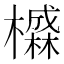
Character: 𱤭